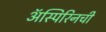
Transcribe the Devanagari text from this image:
ॲस्पिरिनची